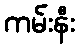
ကမ်းနီး